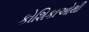
કોશિકાઓથી